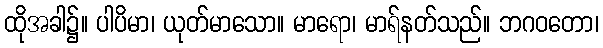
ထိုအခါ၌။ ပါပိမာ၊ ယုတ်မာသော။ မာရော၊ မာရ်နတ်သည်။ ဘဂဝတော၊